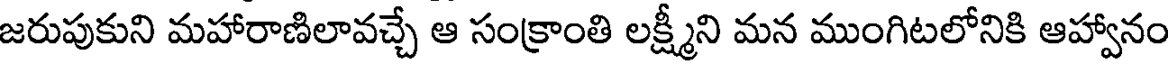
జరుపుకుని మహారాణిలావచ్చే ఆ సంక్రాంతి లక్ష్మీని మన ముంగిటలోనికి ఆహ్వానం